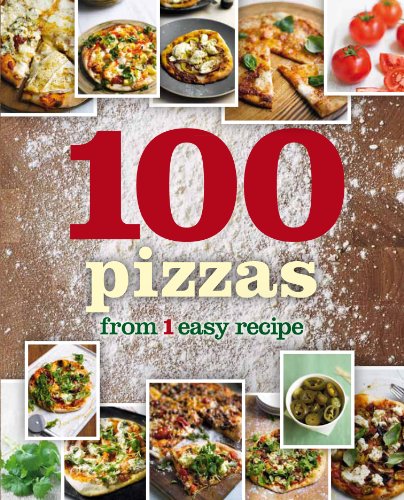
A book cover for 1 Crust, 100 Pizzas (1 Easy Recipe); Parragon Books; Cookbooks, Food & Wine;